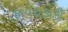
ફાયદાકારી